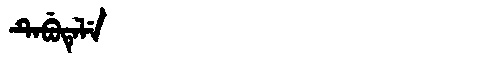
Manchu: ᡨᡝᠪᡠᡨᡝᠯᡝ
Romanization: TEBUTELE